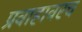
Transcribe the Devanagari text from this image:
प्रवाहावरच